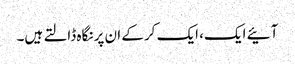
آئیے ایک، ایک کرکے ان پر نگاہ ڈالتے ہیں۔